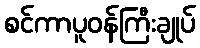
စင်ကာပူဝန်ကြီးချုပ်